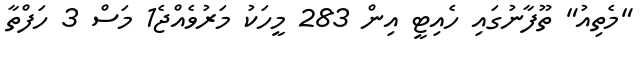
"މެތިއު" ތޫފާނުގައި ހެއިޓީ އިން 283 މީހަކު މަރުވެއްޖެ1 މަސް 3 ހަފްތާ